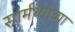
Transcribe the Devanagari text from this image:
सार्मथ्याच्या